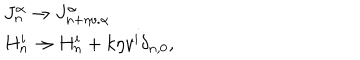
LaTeX: \begin{array} { l c r } { { J _ { n } ^ { \alpha } \to J _ { n + \eta v . { \alpha } } ^ { \alpha } } } \\ { { H _ { n } ^ { i } \to H _ { n } ^ { i } + k \eta v ^ { i } \delta _ { n , 0 } , } } \\ \end{array}